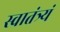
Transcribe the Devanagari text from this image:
स्वातंत्र्यं